Leaving Certificate Examination, 1923
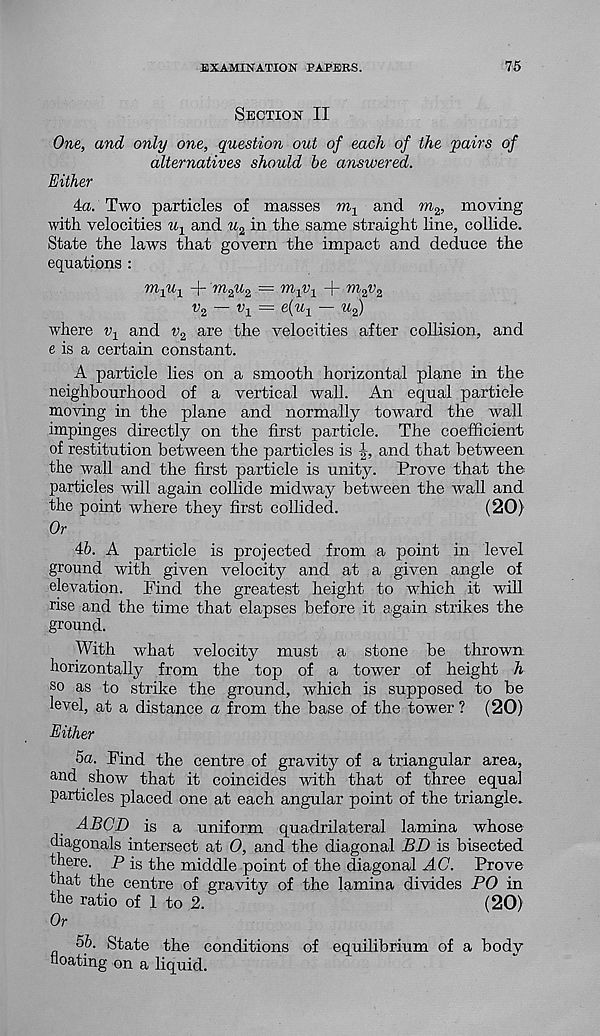
EXAMINATION PAPERS.
75
Section II
One, and only one, question out of each of the pairs of
alternatives should be answered.
Either
4a. Two particles of masses m 1 and m 2 , moving
with velocities
and u 2 in the same straight line, collide.
State the laws that govern the impact and deduce the
equations :
m l' W l + m 2. U 2 —
+ m 2 V 2
v 2 — v 1 = e(u 1 — u 2 )
where v 1 and v 2 are the velocities after collision, and
e is a certain constant.
A particle lies on a smooth horizontal plane in the
neighbourhood of a vertical wall. An equal particle
moving in the plane and normally toward the wall
impinges directly on the first particle. The coefficient
of restitution between the particles is
and that between
the wall and the first particle is unity. Prove that the
particles will again collide midway between the wall and
the point where they first collided.
(20)
Or
46. A particle is projected from a point in level
ground with given velocity and at a given angle of
elevation. Find the greatest height to which it will
rise and the time that elapses before it again strikes the
ground.
With what velocity must a stone be thrown
horizontally from the top of a tower of height h
so as to strike the ground, which is supposed to be
level, at a distance a from the base of the tower ? (20)
Either
5a. Find the centre of gravity of a triangular area,
and show that it coincides with that of three equal
particles placed one at each angular point of the triangle.
ABOD is a uniform quadrilateral lamina whose
diagonals intersect at O, and the diagonal BD is bisected
there. P is the middle point of the diagonal AC. Prove
that the centre of gravity of the lamina divides PO in
the ratio of 1 to 2.
(20)
Or
5b. State the conditions of equilibrium of a body
floating on a liquid.